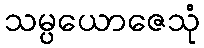
သမ္ပယောဇေသုံ